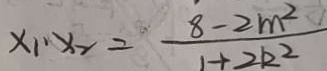
x _ { 1 } \cdot x _ { 2 } = \frac { 8 - 2 m ^ { 2 } } { 1 + 2 k ^ { 2 } }